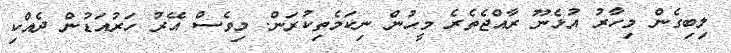
ލިބިގެން މިހާރު އުޅެނޫ ރާއްޖެތެރެ މީހުން ނިކަމެތިކުރަން. މިވެސް އޭރު ހަރުއަޑުން ދެއްކި